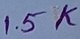
Text: 1.5K